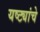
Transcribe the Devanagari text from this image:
यष्ट्यांचे